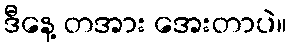
ဒီနေ့ တအား အေးတာပဲ။